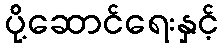
ပို့ဆောင်ရေးနှင့်